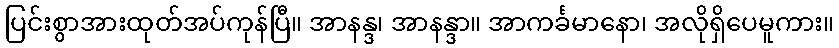
ပြင်းစွာအားထုတ်အပ်ကုန်ပြီ။ အာနန္ဒ၊ အာနန္ဒာ။ အာကင်္ခမာနော၊ အလိုရှိပေမူကား။